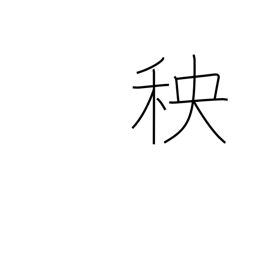
Meaning: seedlings